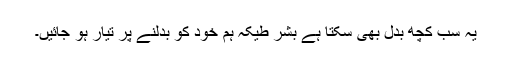
یہ سب کچھ بدل بھی سکتا ہے بشر طیکہ ہم خود کو بدلنے پر تیار ہو جائیں۔